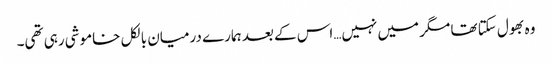
وہ بھول سکتا تھا مگر میں نہیں…اس کے بعد ہمارے درمیان بالکل خاموشی رہی تھی۔